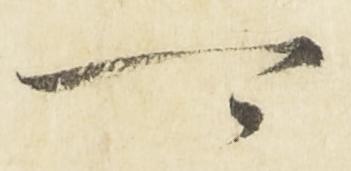
可